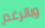
وبالرغم